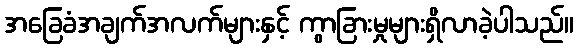
အခြေခံအချက်အလက်များနှင့် ကွာခြားမှုများရှိလာခဲ့ပါသည်။